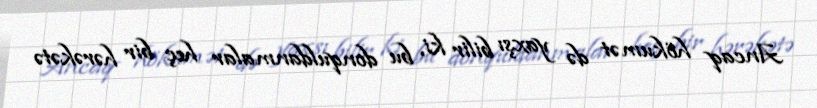
Ancaq hökumət də yaxşı bilir ki, bu donquldanmalar heç bir hərəkətə